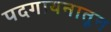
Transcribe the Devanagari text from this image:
पदगायनातून